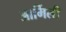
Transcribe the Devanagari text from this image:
आर्मिली